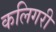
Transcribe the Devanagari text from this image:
कलिगरी